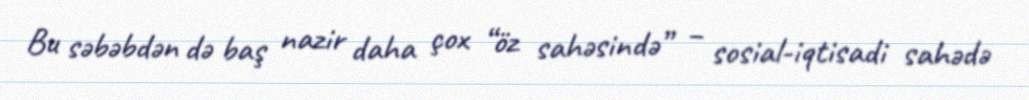
Bu səbəbdən də baş nazir daha çox “öz sahəsində” – sosial-iqtisadi sahədə